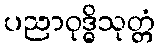
ပညာဝုဒ္ဓိသုတ္တံ